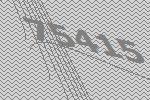
75415